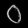
Digit: ၀